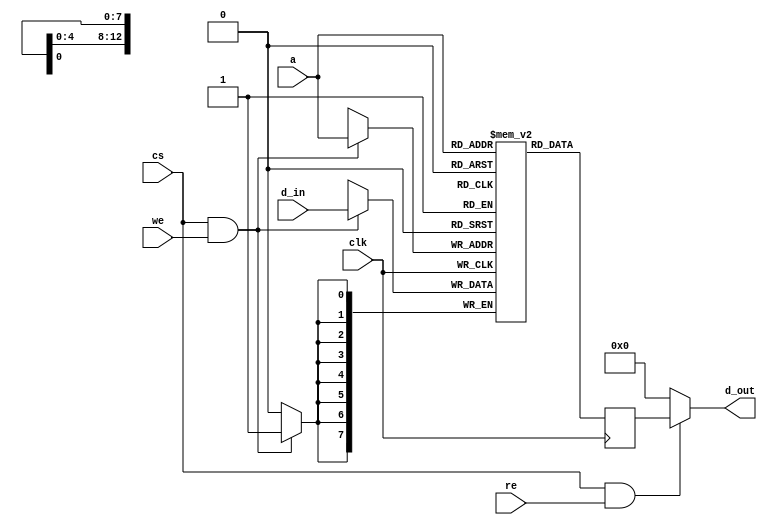
/*
 * This IPs is the RAM memory for the Atmel MEGA CPU implementation.
 * 
 * Copyright (C) 2017  Iulian Gheorghiu  (morgoth@devboard.tech)
 * 
 * This program is free software; you can redistribute it and/or
 * modify it under the terms of the GNU General Public License
 * as published by the Free Software Foundation; either version 2
 * of the License, or (at your option) any later version.
 * 
 * This program is distributed in the hope that it will be useful,
 * but WITHOUT ANY WARRANTY; without even the implied warranty of
 * MERCHANTABILITY or FITNESS FOR A PARTICULAR PURPOSE.  See the
 * GNU General Public License for more details.
 * 
 * You should have received a copy of the GNU General Public License
 * along with this program; if not, write to the Free Software
 * Foundation, Inc., 51 Franklin Street, Fifth Floor, Boston, MA  02110-1301, USA.
 */

`timescale 1ns / 1ps
 
 module mega_ram  #(
	parameter PLATFORM = "XILINX",
	parameter MEM_MODE = "BLOCK",
	parameter ADDR_BUS_WIDTH = 13,  /* < in address lines */
	parameter ADDR_RAM_DEPTH = 2 ** ADDR_BUS_WIDTH,  /* < in address lines */
	parameter DATA_BUS_WIDTH = 8,
	parameter RAM_PATH = ""
) (
	input clk,
	input cs,
	input we,
	input re,
	input [ADDR_BUS_WIDTH-1:0] a,
	input [DATA_BUS_WIDTH - 1:0] d_in,
	output [DATA_BUS_WIDTH - 1:0] d_out
);

generate

if(PLATFORM == "XILINX")
begin
	
(* ram_style="block" *)
reg [DATA_BUS_WIDTH - 1:0] mem [ADDR_RAM_DEPTH-1:0];
    
initial begin
if (RAM_PATH != "")
	$readmemh({RAM_PATH, ".mem"}, mem);
end

always@(posedge clk) begin
	if(cs & we)
		mem[a] <= d_in;
end

reg [DATA_BUS_WIDTH - 1:0]d_out_tmp;

always@(posedge clk) begin
	d_out_tmp <= mem[a];
end
assign d_out = (cs & re) ? d_out_tmp : 8'b00;

end
else if(PLATFORM == "iCE40UP")
begin

wire [15:0]d_out_w;
wire [DATA_BUS_WIDTH - 1:0]d_out_w_b;
reg [DATA_BUS_WIDTH - 1:0]d_out_tmp;
reg [ADDR_BUS_WIDTH-1:0] addr;
if(MEM_MODE == "BLOCK")
begin
(* ram_style="block" *)
reg [DATA_BUS_WIDTH - 1:0] mem [ADDR_RAM_DEPTH-1:0];
    
initial begin
if (RAM_PATH != "")
	$readmemh(RAM_PATH, mem);
end

always@(posedge clk) begin
	if(cs & we)
		mem[a] <= d_in;
end
always@(posedge clk) begin
	d_out_tmp <= mem[a];
end
end/* MEM_MODE != "BLOCK" */
else
begin/* MEM_MODE == "SRAM" */

always @ (*)
begin
	addr = a;
end

reg delayed_a0;

always @ (posedge clk) delayed_a0 = addr[0];
wire [13:0]ram_addr = DATA_BUS_WIDTH == 8 ? addr[ADDR_BUS_WIDTH-1 : 1] : addr;
SP256K  ramfn_inst1(
	.DI(DATA_BUS_WIDTH == 8 ? {d_in[7:0], d_in[7:0]} : d_in),
	.AD(ram_addr),
	.MASKWE(DATA_BUS_WIDTH == 8 ? (addr[0] ? 4'b1100 : 4'b0011) : 4'b1111),
	.WE(we),
	.CS(1'b1),
	.CK(clk),
	.STDBY(1'b0),
	.SLEEP(1'b0),
	.PWROFF_N(1'b1),
	.DO(d_out_w)
);

assign d_out_w_b = DATA_BUS_WIDTH == 8 ? (delayed_a0 ? d_out_w[15:8] : d_out_w[7:0]) : d_out_w;

always @ (*)
begin
	d_out_tmp = d_out_w_b;
end

end/* MEM_MODE != "SRAM" */
assign d_out = (cs & re) ? d_out_tmp : 'b00;
end/* PLATFORM != "iCE40UP" */

endgenerate
endmodule